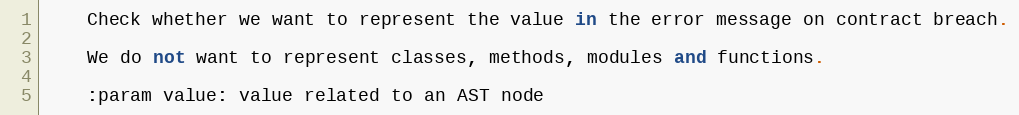
Language: Python
    Check whether we want to represent the value in the error message on contract breach.

    We do not want to represent classes, methods, modules and functions.

    :param value: value related to an AST node